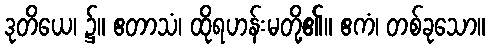
ဒုတိယေ၊ ၌။ ဧတာသံ၊ ထိုရဟန်းမတို့၏။ ဧကံ၊ တစ်ခုသော။